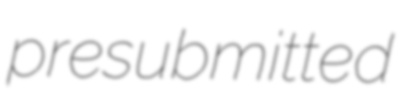
presubmitted